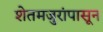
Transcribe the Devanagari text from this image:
शेतमजुरांपासून